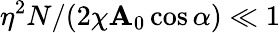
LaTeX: \eta^{2}N/(2\chi\mathbf{A}_{0}\cos\alpha)\ll1